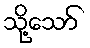
သို့သော်